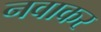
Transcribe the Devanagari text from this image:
नवाकर